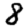
Digit: 8